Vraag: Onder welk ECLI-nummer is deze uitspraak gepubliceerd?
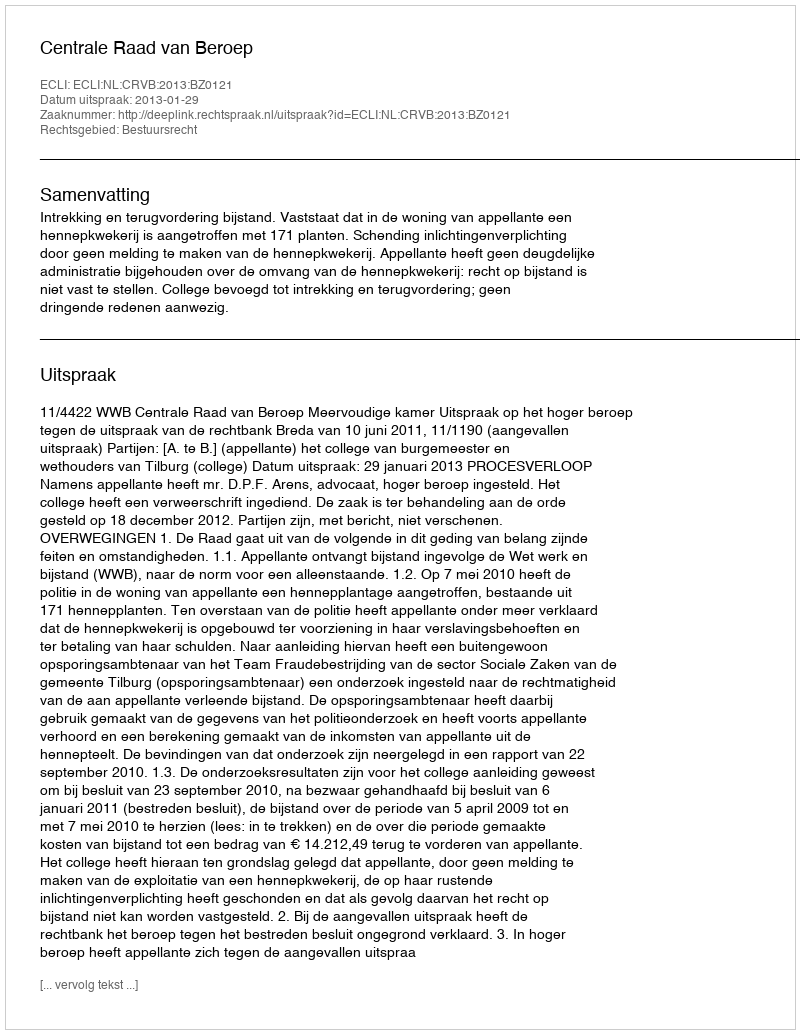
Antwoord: ECLI:NL:CRVB:2013:BZ0121